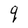
Character: q